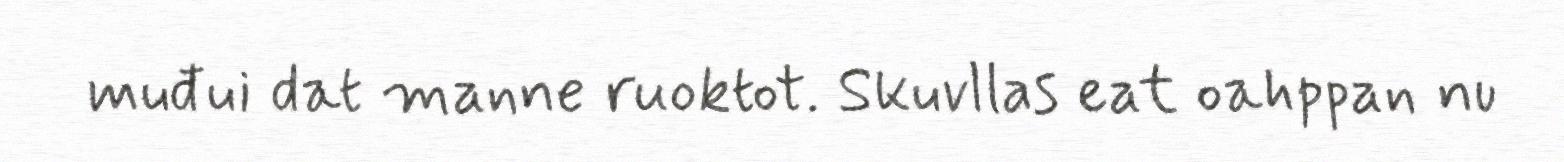
muđui dat manne ruoktot. Skuvllas eat oahppan nu